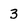
Character: 3